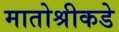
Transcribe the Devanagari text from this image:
मातोश्रीकडे